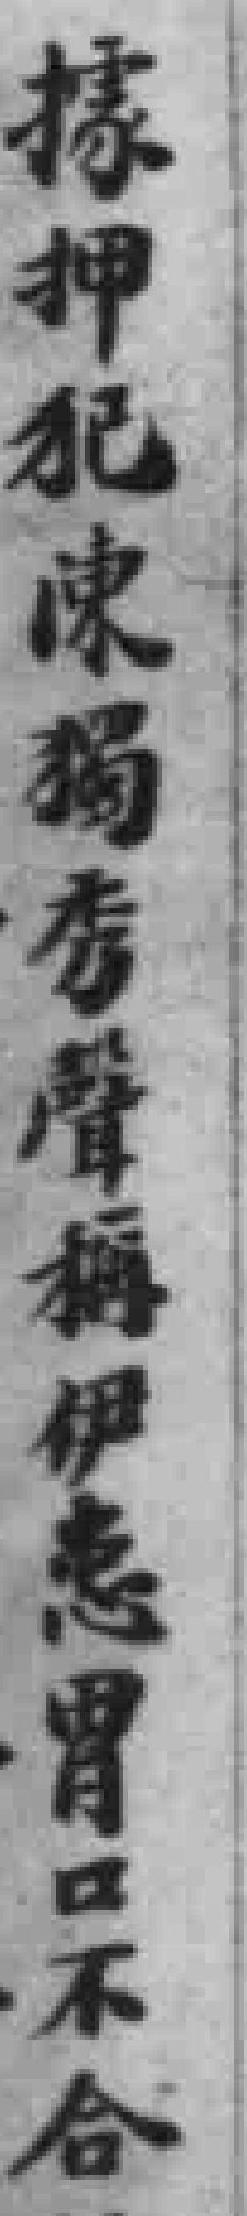
據押犯陳獨秀聲稱伊患胃口不合